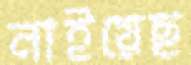
নাইয়েছ